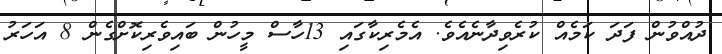
ދުއްވުން ފަދަ ކަމެއް ކުރެވިދާނެއެވެ. އެމެރިކާގައި 13ހާސް މީހުން ބައިވެރިކޮށްގެން 8 އަހަރު